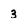
Character: 3